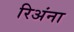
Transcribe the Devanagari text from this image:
रिअंना